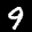
Label: 9